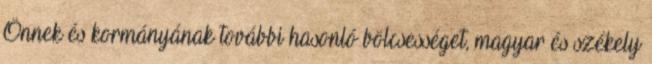
Önnek és kormányának további hasonló bölcsességet, magyar és székely